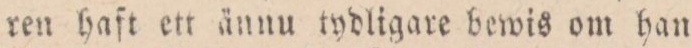
ren haſt ett ännu tydligare bewis om han